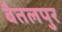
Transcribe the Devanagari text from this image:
बैतलपुर